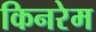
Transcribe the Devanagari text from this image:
किनरेम